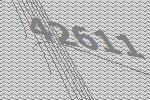
42611